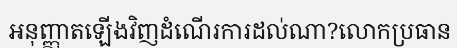
អនុញ្ញាតឡើងវិញដំណើរការដល់ណា?លោកប្រធាន